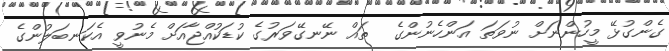
ގެންގުޅޭ މީހުންނަށް ނުވަތަ އަންހެނުންގެ  ތައް ނޭނގޭވަރުގެ ކުޑަކުއްޖާއަށް މެނުވީ އެކަނބަލުންގެ